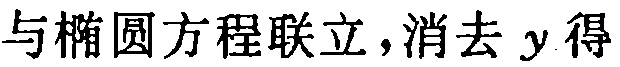
与椭圆方程联立，消去 \(y\) 得